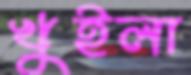
খুইলা